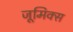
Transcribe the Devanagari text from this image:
जूमिक्स